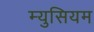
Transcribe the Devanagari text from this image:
म्युसियम